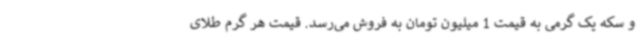
و سکه یک گرمی به قیمت 1 میلیون تومان به فروش می‌رسد. قیمت هر گرم طلای